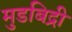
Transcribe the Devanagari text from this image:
मुडबिद्री